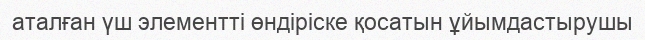
аталған үш элементті өндіріске қосатын ұйымдастырушы